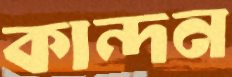
কান্দন